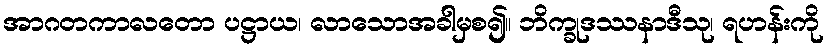
အာဂတကာလတော ပဋ္ဌာယ၊ လာသောအခါမှစ၍။ ဘိက္ခုဒဿနာဒီသု၊ ရဟန်းကို